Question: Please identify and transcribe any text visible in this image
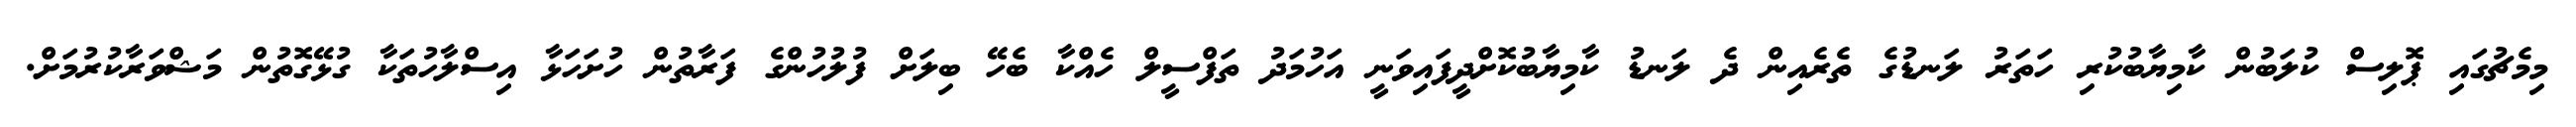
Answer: މިމެޗުގައި ޕޮލިސް ކުލަބުން ކާމިޔާބުކުރި ހަތަރު ލަނޑުގެ ތެރެއިން ދެ ލަނޑު ކާމިޔާބުކޮށްދީފައިވަނީ އަހުމަދު ތަފްސީލް ހެއްކާ ބެހޭ ބިލަށް ފުލުހުންގެ ފަރާތުން ހުށަހަޅާ އިސްލާހުތަކާ ގުޅޭގޮތުން މަޝްވަރާކުރުމަށް.